Lyperosia minuta, Bezzi - Number 59
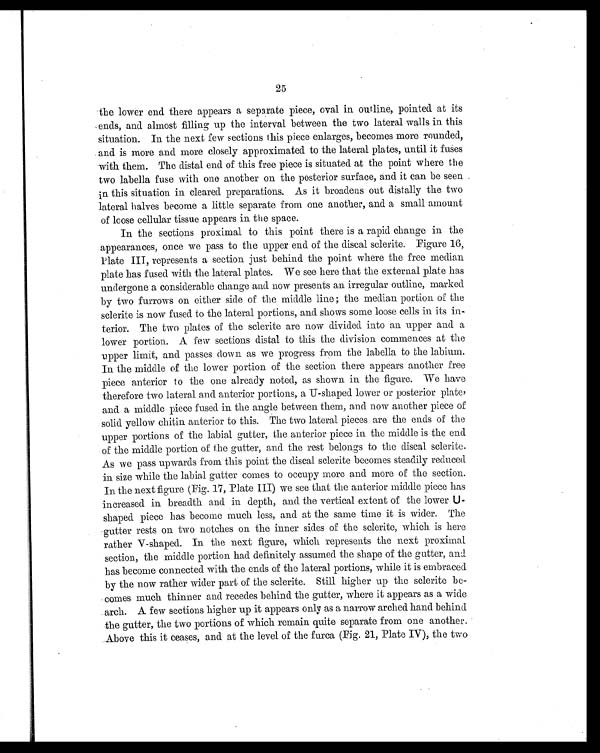
25
the lower end there appears a separate piece, oval in outline, pointed at its
ends, and almost filling up the interval between the two lateral walls in this
situation. In the next few sections this piece enlarges, becomes more rounded,
and is more and more closely approximated to the lateral plates, until it fuses
with them. The distal end of this free piece is situated at the point where the
two labella fuse with one another on the posterior surface, and it can be seen
in this situation in cleared preparations. As it broadens out distally the two
lateral halves become a little separate from one another, and a small amount
of loose cellular tissue appears in the space.
In the sections proximal to this point there is a rapid change in the
appearances, once we pass to the upper end of the discal sclerite. Figure 16,
Plate III, represents a section just behind the point where the free median
plate has fused with the lateral plates. We see here that the external plate has
undergone a considerable change and now presents an irregular outline, marked
by two furrows on either side of the middle line ; the median portion of the
sclerite is now fused to the lateral portions, and shows some loose cells in its in
- t e r i o r . T h e t w o p l a t e s o f t h e s c l e r i t e a r e n o w d i v i d e d i n t o a n . u p p e r a n d a
lower portion. A few sections distal to this the division commences at the
upper limit, and passes down as we progress from the labella to the labium.
In the middle of the lower portion of the section there appears another free
piece anterior to the one already noted, as shown in the figure. We have
therefore two lateral and anterior portions, a U-shaped lower or posterior plate,
and a middle piece fused in the angle between them, and now another piece of
solid yellow chitin anterior to this. The two lateral pieces are the ends of the
upper portions of the labial gutter, the anterior piece in the middle is the end
of the middle portion of the gutter, and the rest belongs to the discal sclerite.
As we pass upwards from this point the discal sclerite becomes steadily reduced
in size while the labial gutter comes to occupy more and more of the section.
In the next figure (Fig. 17, Plate III) we see that the anterior middle piece has
increased in breadth and in depth, and the vertical extent of the lower U-
shaped piece has become much less, and at the same time it is wider. The
gutter rests on two notches on the inner sides of the sclerite, which is here
rather V-shaped. In the next figure, which represents the next proximal
section, the middle portion had definitely assumed the shape of the gutter, and
has become connected with the ends of the lateral portions, while it is embraced
by the now rather wider part of the sclerite. Still higher up the sclerite be
comes much thinner and recedes behind the gutter, where it appears as a wide
arch. A few sections higher up it appears only as a narrow arched hand behind
the gutter, the two portions of which remain quite separate from one another.
Above this it ceases, and at the level of the furca (Fig. 21, Plate IV), the two